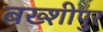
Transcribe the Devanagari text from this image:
बख्शीपुर